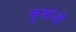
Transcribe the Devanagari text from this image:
कुमांजी